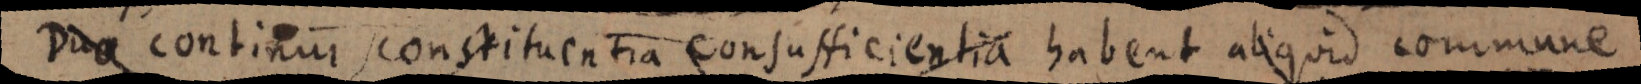
Dua continur constituentia consufficientia habent aliquid commune